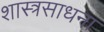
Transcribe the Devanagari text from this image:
शास्त्रसाधना